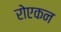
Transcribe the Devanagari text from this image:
रोएकन